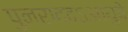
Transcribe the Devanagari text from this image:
पुनराददऽआयुषे